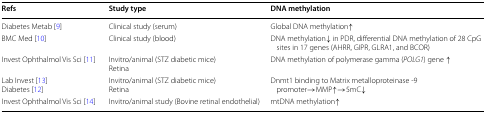
<table><thead><tr><td><b>Refs</b></td><td><b>Study type</b></td><td><b>DNA methylation</b></td></tr></thead><tbody><tr><td>Diabetes Metab [9]</td><td>Clinical study (serum)</td><td>Global DNA methylation↑</td></tr><tr><td>BMC Med [10]</td><td>Clinical study (blood)</td><td>DNA methylation↓ in PDR, differential DNA methylation of 28 CpG sites in 17 genes (AHRR, GIPR, GLRA1, and BCOR)</td></tr><tr><td>Invest Ophthalmol Vis Sci [11]</td><td>Invitro/animal (STZ diabetic mice)Retina</td><td>DNA methylation of polymerase gamma (<i>POLG1</i>) gene ↑</td></tr><tr><td>Lab Invest [13]Diabetes [12]</td><td>Invitro/animal (STZ diabetic mice)Retina</td><td>Dnmt1 binding to Matrix metalloproteinase -9 promoter→MMP↑→5mC↓</td></tr><tr><td>Invest Ophthalmol Vis Sci [14]</td><td>Invitro/animal study (Bovine retinal endothelial)</td><td>mtDNA methylation↑</td></tr></tbody></table>